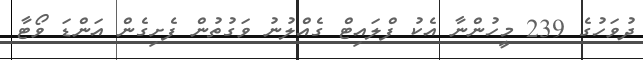
ދުވަހުގެ 239 މީހުންނާ އެކު ފްލައިޓް ގެއްލުނު ވަގުތުން ފެށިގެން އަންޑަ ވޯޓާ